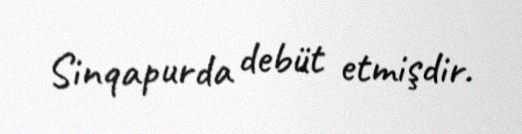
Sinqapurda debüt etmişdir.